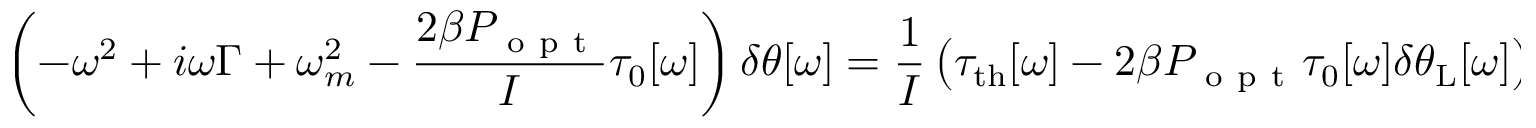
\left( - \omega ^ { 2 } + i \omega \Gamma + \omega _ { m } ^ { 2 } - \frac { 2 \beta P _ { \mathrm { ~ o ~ p ~ t ~ } } } { I } \tau _ { 0 } [ \omega ] \right) \delta \theta [ \omega ] = \frac { 1 } { I } \left( \tau _ { \mathrm { { t h } } } [ \omega ] - 2 \beta P _ { \mathrm { ~ o ~ p ~ t ~ } } \tau _ { 0 } [ \omega ] \delta \theta _ { \mathrm { { L } } } [ \omega ] \right) ,